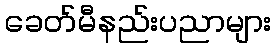
ခေတ်မီနည်းပညာများ